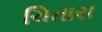
ચિતારા